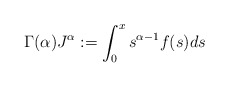
\begin{align*} \Gamma(\alpha)J^\alpha: =\int_0^x s^{\alpha-1} f(s)ds\end{align*}